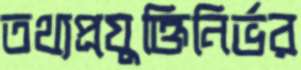
তথ্যপ্রযুক্তিনির্ভর